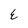
Character: E